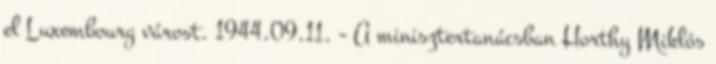
el Luxembourg várost. 1944.09.11. - A minisztertanácsban Horthy Miklós